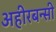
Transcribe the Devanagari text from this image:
अहीरबन्सी